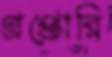
গ্রপ্তোরি